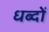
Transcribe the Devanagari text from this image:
धब्दों